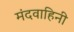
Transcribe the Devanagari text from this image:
मंदवाहिनी